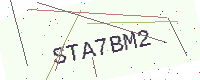
Text: STA7BM2